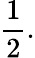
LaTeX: {\frac{1}{2}}.